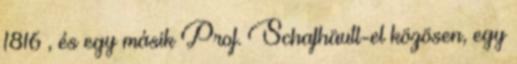
1816 , és egy másik Prof. Schafhäutl-el közösen, egy